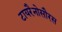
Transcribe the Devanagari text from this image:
टायरैनोसौरस